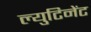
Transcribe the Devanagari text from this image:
ल्युटिनेंट